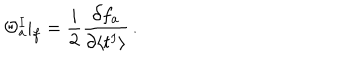
\Theta _ { a } ^ { I } | _ { f } = \frac { i } { 2 } \frac { \partial f _ { a } } { \partial \langle t ^ { I } \rangle } \, .